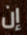
إن